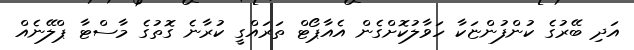
އަދި ބޭރުގެ ކުންފުންޏަކާ ހަވާލުކޮށްގެން އެއާޕޯޓް ތަރައްގީ ކުރާނެ ގޮތުގެ މާސްޓާ ޕްލޭނެއް